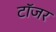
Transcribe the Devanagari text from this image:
टॉजर